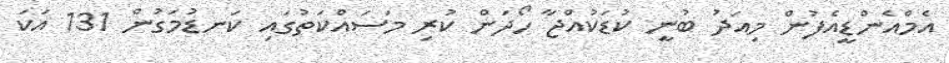
އެމްއެންޑީއެފުން މިއަދު ބުނީ ކުޑަކުއްޖާ ހޯދަން ކުރި މަސައްކަތުގައި ކަނޑުމަގުން 131 އަކަ